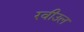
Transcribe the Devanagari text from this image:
रवीउल